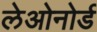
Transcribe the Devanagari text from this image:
लेओनोर्ड